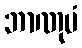
ဘာဏုမံ